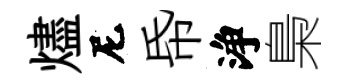
燼尼帋浄梟